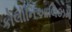
કોલોનિઆલિઝમ